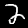
Label: 2